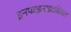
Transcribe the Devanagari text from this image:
इनफाइनाइटसिमल